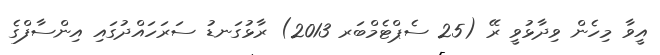
އީވާ މިހެން ވިދާޅުވީ ރޭ (25 ސެޕްޓެމްބަރ 2013) ރާޅުގަނޑު ސަރަހައްދުގައި އިންސާފްގެ